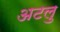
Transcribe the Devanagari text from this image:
अटलु